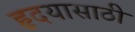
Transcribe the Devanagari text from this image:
हृदयासाठी